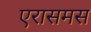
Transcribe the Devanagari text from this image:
एरासमस